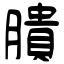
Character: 膭